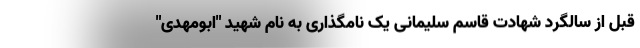
قبل از سالگرد شهادت قاسم سلیمانی یک نامگذاری به نام شهید "ابومهدی"